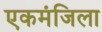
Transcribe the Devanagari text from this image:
एकमंजिला